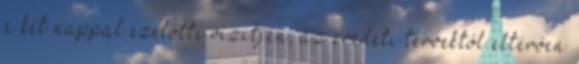
a két nappal ezelőtti vizitjén, az eredeti tervektől eltérően